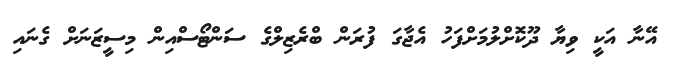
އޭނާ އަކީ ވިޔާ ދޫކޮށްލުމަށްފަހު އެޖާގަ ފުރަން ބްރެޒިލްގެ ސަންޓޯސްއިން މިސީޒަނަށް ގެނައި